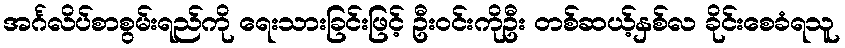
အင်္ဂလိပ်စာစွမ်းရည်ကို ရေးသားခြင်းဖြင့် ဦးဝင်းကိုဦး တစ်ဆယ့်နှစ်လ ခိုင်းစေခံရသူ